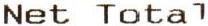
NET TOTAL